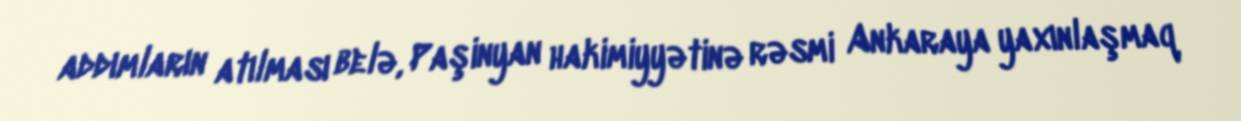
addımların atılması belə, Paşinyan hakimiyyətinə rəsmi Ankaraya yaxınlaşmaq